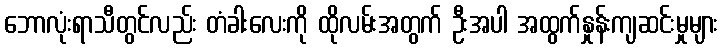
ဘောလုံးရာသီတွင်လည်း တံခါးလေးကို ထိုလမ်းအတွက် ဦးအပါ အထွက်နှုန်းကျဆင်းမှုများ